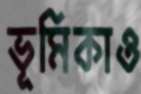
ভূমিকাও